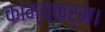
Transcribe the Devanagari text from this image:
काम्यकर्म।